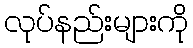
လုပ်နည်းများကို